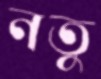
নতু